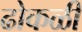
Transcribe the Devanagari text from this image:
ढोकळी